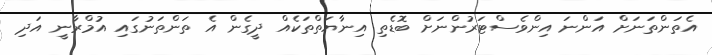
އެތަންތަނަށް އަންނަ އިންވެސްޓަރުންނަށް ބޮޑެތި އިނާޔަތްތަކެއް ދީގެން އެ ތަންތަނުގައި އުމްރާނީ އަދި